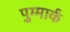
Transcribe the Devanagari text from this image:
पुग्मार्क